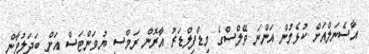
އާސެނަލްއަށް ކުޅެމުން އަންނަ ވޭލްސްގެ މިޑްފިލްޑަރު އާރޮން ރަމްސީ ޔުވަންޓަސް އަށް ބަދަލުވާން